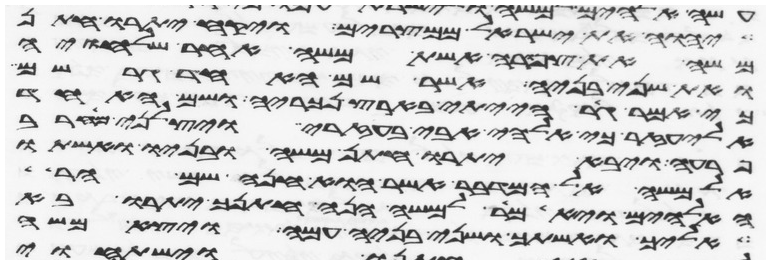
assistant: יהוה את ישראל ממצרים ויקח יתרו חתן
משה את צפורה אשת משה אחר שלחיה
ואת שני בניה אשר שם האחד גרשם
כי אמר גר הייתי בארץ נכריה ושם האחד
אליעזר כי אלהי אבי בעזרי ויצלני מחרב
פרעה ויבא יתרו חתן משה ובניו ואשתו
אל משה אל המדבר אשר הוא חנה שם הר
האלהים ויאמר למשה הנה חתנך יתרו בא
אליך ואשתך ושני בניה עמה ויצא משה